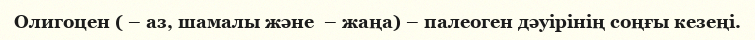
Олигоцен ( – аз, шамалы және  – жаңа) – палеоген дәуірінің соңғы кезеңі.